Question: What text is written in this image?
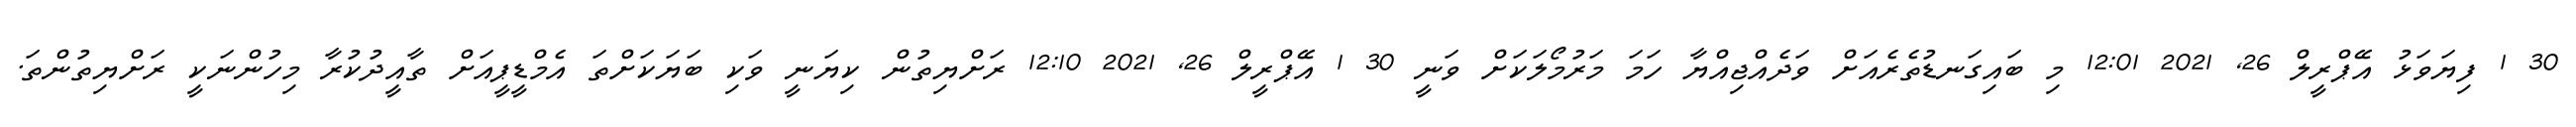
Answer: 30 1 ފިޔަވަޅު އޭޕްރީލް 26, 2021 12:01 މި ބައިގަނޑުތެރެއަށް ވަދެއްޖިއްޔާ ހަމަ މަރުމޯލަކަށް ވަނީ 30 1 އޭޕްރީލް 26, 2021 12:10 ރަށްޔިތުން ކިޔަނީ ވަކި ބަޔަކަށްތަ އެމްޑީޕީއަށް ތާއީދުކުރާ މިހުންނަކީ ރަށްޔިތުންތަ.